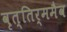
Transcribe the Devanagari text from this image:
वृत्तिर्ममैव